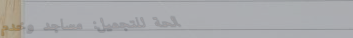
صالحة للتجميل: مساجد وخدم